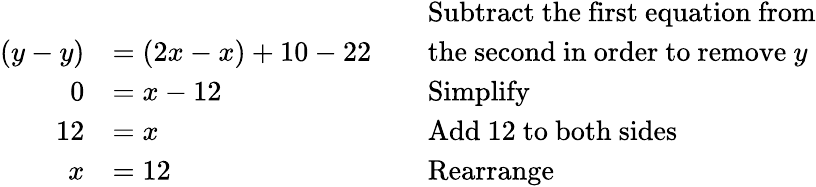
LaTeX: {\begin{array}{rlrl}&{}&&{{\mathrm{Subtract~the~first~equation~from}}}\\ {(y-y)}&{=(2x-x)+10-22}&&{{\mathrm{the~second~in~order~to~remove~}}y}\\ {0}&{=x-12}&&{{\mathrm{Simplify}}}\\ {12}&{=x}&&{{\mathrm{Add~12~to~both~sides}}}\\ {x}&{=12}&&{{\mathrm{Rearrange}}}\end{array}}